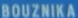
BOUZNIKA